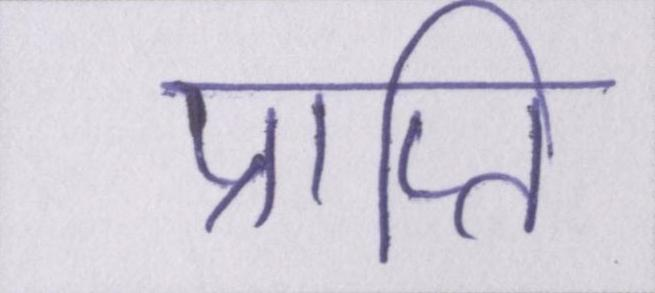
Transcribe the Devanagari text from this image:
प्राप्ति